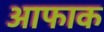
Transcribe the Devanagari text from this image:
आफाक